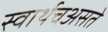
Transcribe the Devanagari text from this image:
स्वार्थचअसते